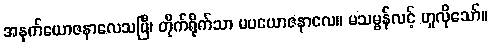
အနက်ယောဇနာလေသပြီ၊ တိုက်ရိုက်သာ မပယောဇနာလေ။ မသမ္ဗန်လင့် ဟူလိုသော်။